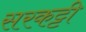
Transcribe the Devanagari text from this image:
सरकट्टी